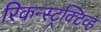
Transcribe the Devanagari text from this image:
रिकन्स्ट्रक्टिव्ह